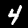
Digit: 4